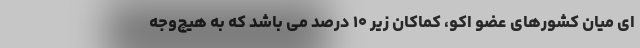
ای میان کشورهای عضو اکو، کماکان زیر ۱۰ درصد می باشد که به هیچ‌وجه